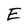
Character: E